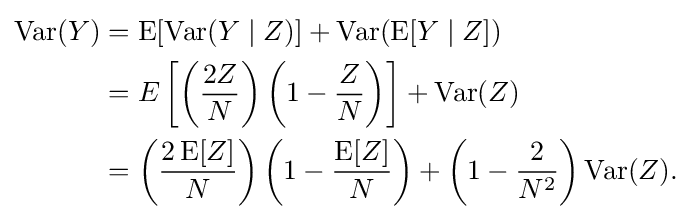
{\begin{aligned}\operatorname {Var} (Y)&=\operatorname {E} [\operatorname {Var} (Y\mid Z)]+\operatorname {Var} (\operatorname {E} [Y\mid Z])\\&=E\left[\left({\frac {2Z}{N}}\right)\left(1-{\frac {Z}{N}}\right)\right]+\operatorname {Var} (Z)\\&=\left({\frac {2\operatorname {E} [Z]}{N}}\right)\left(1-{\frac {\operatorname {E} [Z]}{N}}\right)+\left(1-{\frac {2}{N^{2}}}\right)\operatorname {Var} (Z).\end{aligned}}